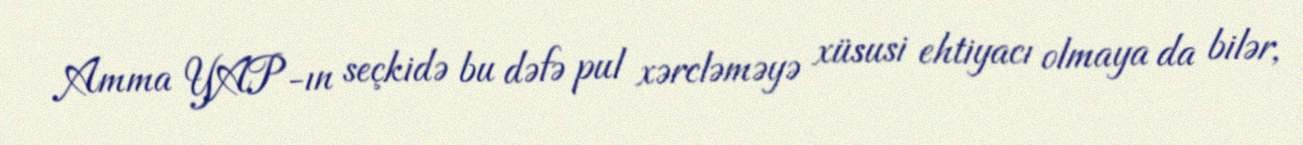
Amma YAP-ın seçkidə bu dəfə pul xərcləməyə xüsusi ehtiyacı olmaya da bilər,